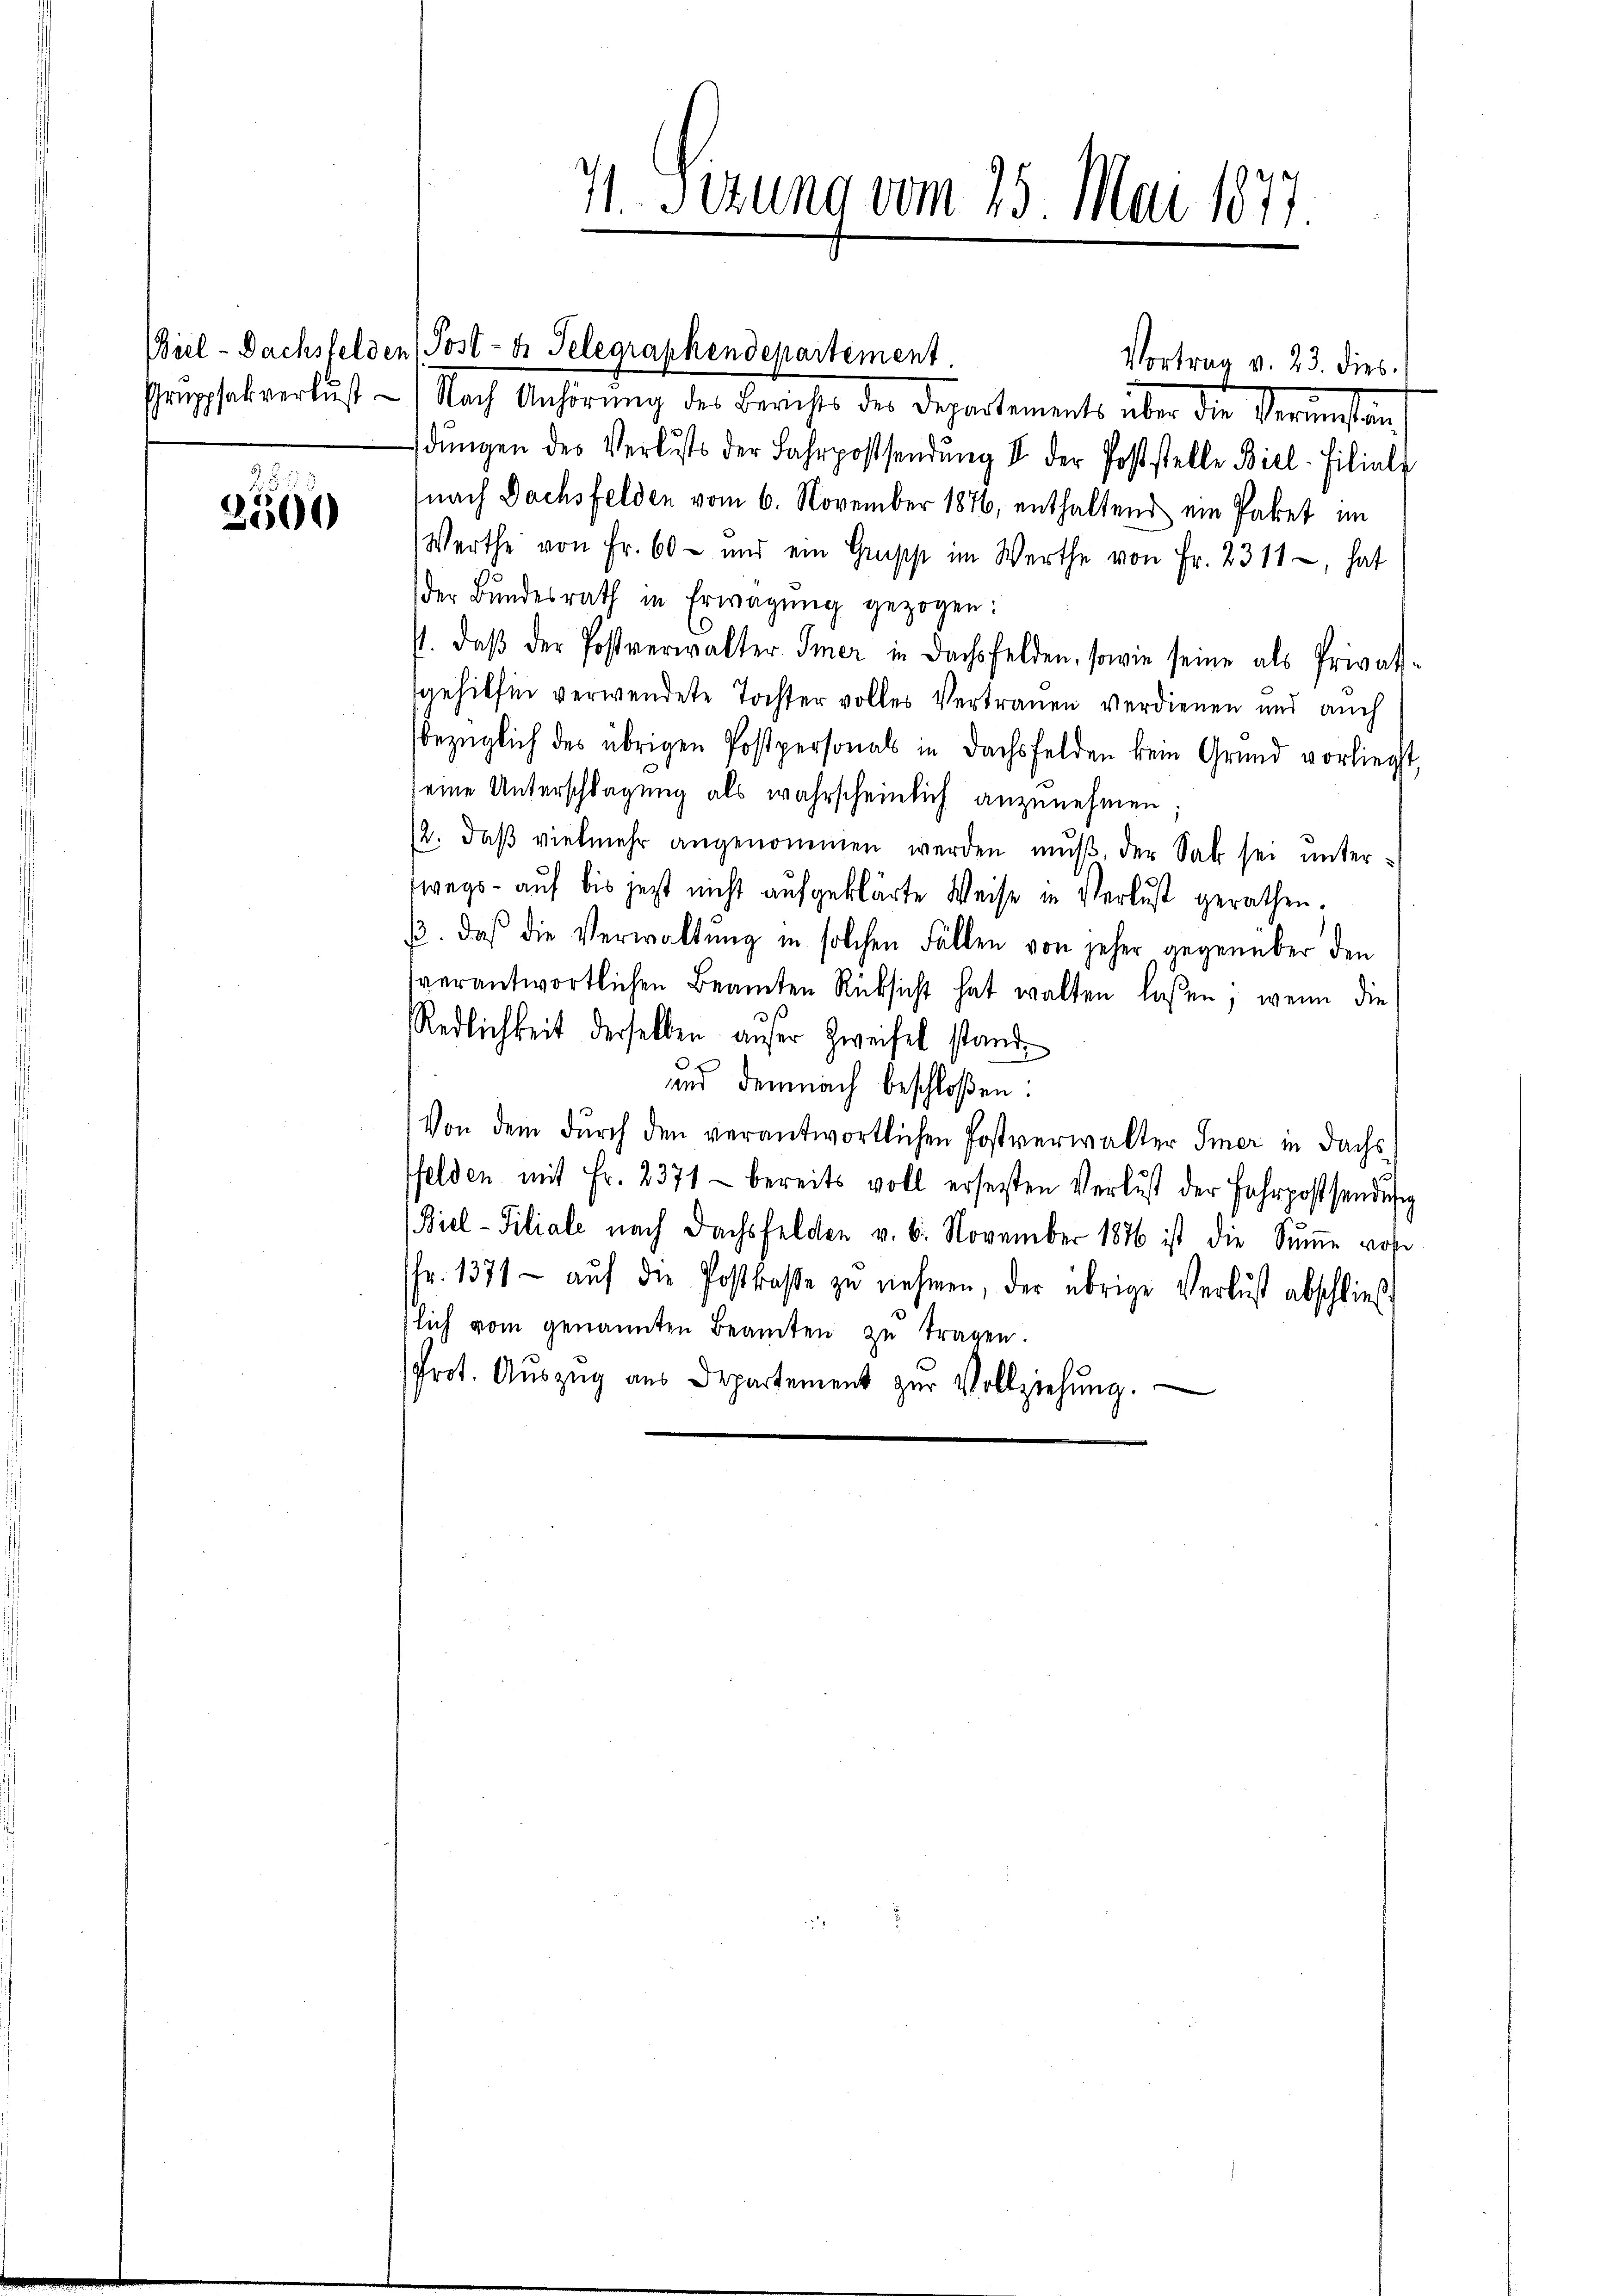
2500

71. Sizung vom 25. Mai 1877.

Vortrag v. 23. dies
Grepsal verlust. - Nach Anhörung des Berichts der Departements über die Veranstan
dŭngen des Verlusts der Fahrpostsendŭng I der Poststelle Biel-Filiale
nach Dachsfelden vom 6. November 1876, enthaltend ein Paket im
Werthe von Fr. 60 - und ein Grupp im Werthe von Fr. 2311, hat
der Bŭndesrath in Erwägŭng gezogen:
/. daβ der Postverwalter Immer in Dachsfelden, sowie seine als Privat-
gehilfen verwendete Tochter volles Vertrauen verdienen und auch
bezüglich des übrigen Postpersonals in Dachsfelden kein Grund vorliegt,
eine Unterschlagung als wahrscheinlich anzunehmen;
12. daβ vielmehr angenommen werden mŭβ, der Sak sei ŭnter-
wegs – auf bis jetzt nicht aufgeklärte Weise in Verlust gerathen;
β. daß die Verwaltŭng in solchen Fällen von jeher gegenüber den
verantwortlichen Beamten Rüksicht hat walten lassen; wenn die
Redlichkeit derselben aufer Zweifel stande
und demnach beschloßen:
Von dem durch den verantwortlichen Postverwalter Imer in Dachs
ffelden mit Fr. 2371 - bereits voll ersetzten Verlust der Fahrpostsendung
(Biel-Filiale nach Dachsfelden v. 6. November 1876 ist die Sŭṁe vorr
fr. 1371- aŭf die Postkaβe zŭ nehmen, der übrige Verlust abschließ
slich vom genannten Beamten zŭ tragen.
Prot. Aŭszŭg aŭs Departement zŭr Vollziehŭng.

Viel- Dachsfelden (Post- u. Telegraphendepartement